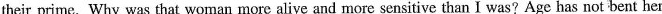
their prime. Why was that woman more alive and more sensitive than I was? Age has not bent her